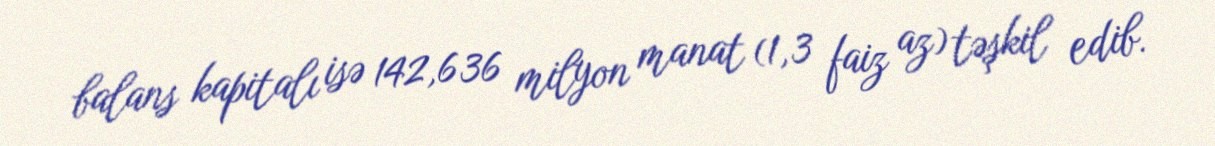
balans kapitalı isə 142,636 milyon manat (1,3 faiz az) təşkil edib.